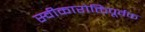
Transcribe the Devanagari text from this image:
स्वीकारोक्तिपूर्वक